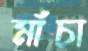
মাঁচা